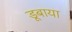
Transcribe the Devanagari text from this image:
डूबाया